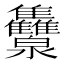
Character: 𭳾